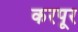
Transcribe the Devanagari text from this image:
करपूर